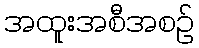
အထူးအစီအစဉ်